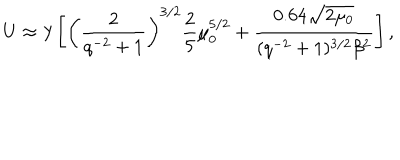
U \approx \lambda \left[ \left( \frac { 2 } { q ^ { - 2 } + 1 } \right) ^ { 3 / 2 } \frac { 2 } { 5 } \mu _ { 0 } ^ { 5 / 2 } + \frac { 0 . 6 4 \sqrt { 2 \mu _ { 0 } } } { ( q ^ { - 2 } + 1 ) ^ { 3 / 2 } \beta ^ { 2 } } \right] ,